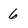
Character: 6